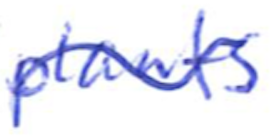
Text: plants
Cross-out: wave
Writing tool: ballpoint